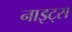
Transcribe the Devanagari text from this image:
नाइट्‌स